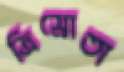
ত্রিস্রোতা